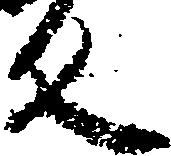
反